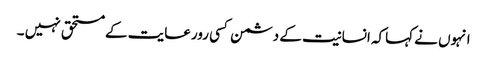
انہوں نے کہاکہ انسانیت کے دشمن کسی رورعایت کے مستحق نہیں ۔